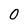
Character: 0